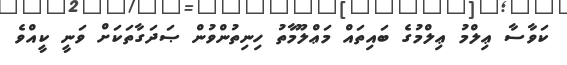
ކަވާސާ ޢިލްމު ޢިލްމުގެ ބައިތައް މަޢްލޫމާތު ހިނިތުންވުން ޞަދަގާތަކަށް ވަނީ ކީއްވެ